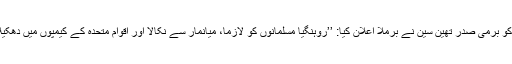
۱۴جولائی کو برمی صدر تھین سین نے برملا اعلان کیا: ’’روہنگیا مسلمانوں کو لازماً، میانمار سے نکالا اور اقوامِ متحدہ کے کیمپوں میں دھکیلا جائے گا۔